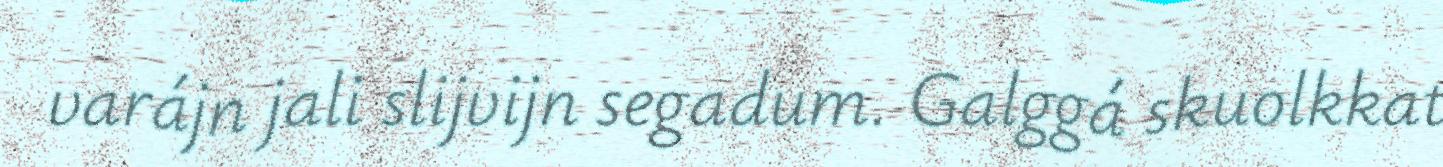
varájn jali slijvijn segadum. Galggá skuolkkat